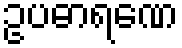
ဥပဓာရဏေ